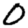
Digit: 0